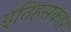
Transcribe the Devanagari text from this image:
इतिहसकार